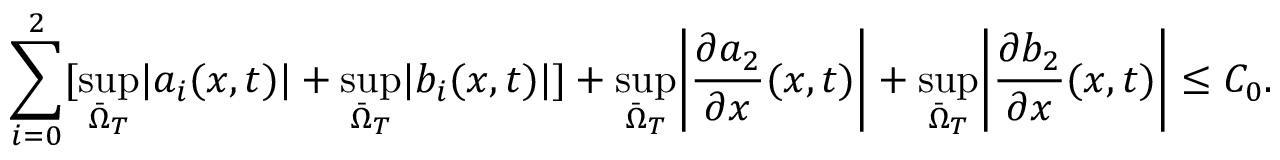
\sum _ { i = 0 } ^ { 2 } [ \underset { \bar { \Omega } _ { T } } { \operatorname* { s u p } } | a _ { i } ( x , t ) | + \underset { \bar { \Omega } _ { T } } { \operatorname* { s u p } } | b _ { i } ( x , t ) | ] + \underset { \bar { \Omega } _ { T } } { \operatorname* { s u p } } \bigg | \frac { \partial a _ { 2 } } { \partial x } ( x , t ) \bigg | + \underset { \bar { \Omega } _ { T } } { \operatorname* { s u p } } \bigg | \frac { \partial b _ { 2 } } { \partial x } ( x , t ) \bigg | \leq C _ { 0 } .